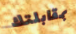
بمقابلتك